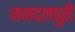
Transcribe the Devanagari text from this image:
जगदलपुरी